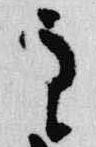
主